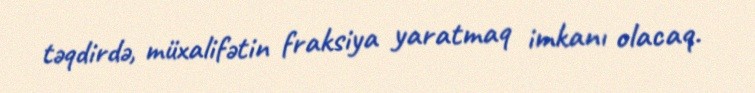
təqdirdə, müxalifətin fraksiya yaratmaq imkanı olacaq.